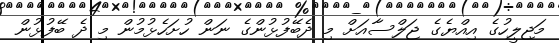
މަޖިލީހުގެ އިއްޔެގެ ޖަލްސާއަށް މި ދެބޭފުޅުންގެ ނަން ހުށަހެޅުމުން މި ދެ ބޭފުޅުން